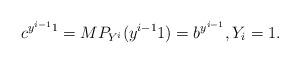
LaTeX: \begin{align*} c^{y^{i-1}1} = M P_{Y^i} ( y^{i-1} 1) = b^{ y^{i-1}}, Y_i=1. \end{align*}